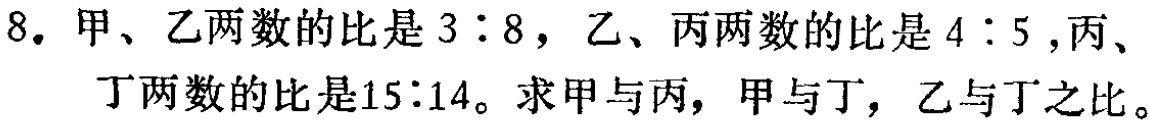
8. 甲、乙两数的比是\(3:8\)，乙、丙两数的比是\(4:5\)，丙、丁两数的比是\(15:14\)。求甲与丙，甲与丁，乙与丁之比。